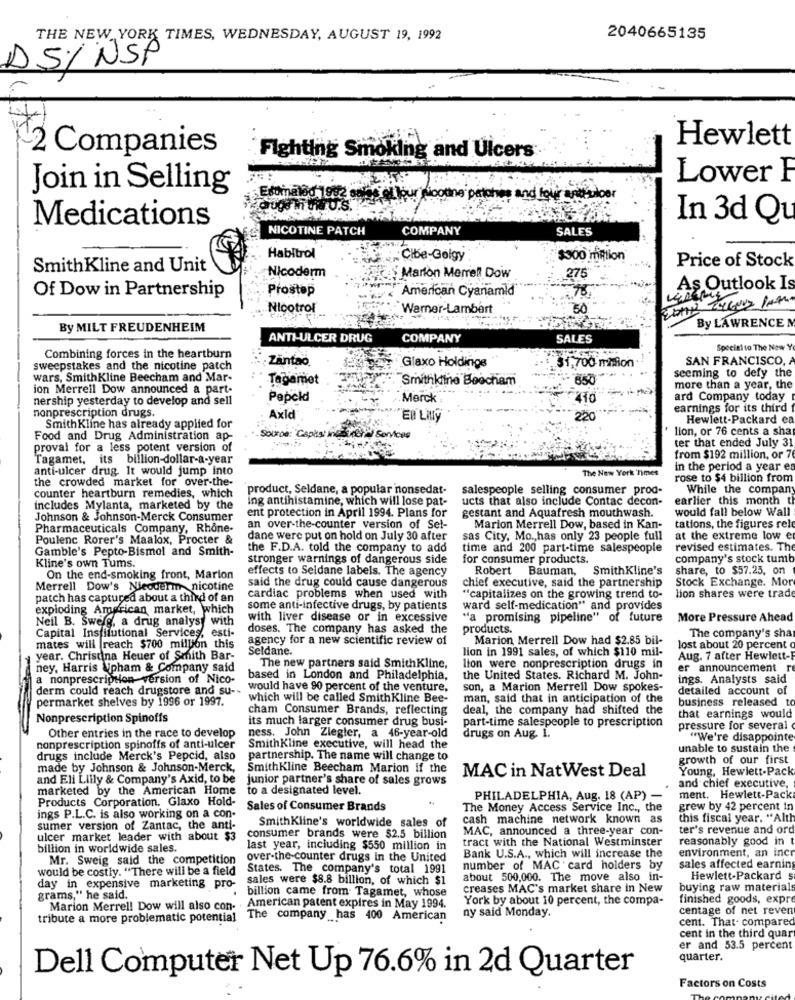
THE NEW YORK TIMES, WEDNESDAY, AUGUST 19, 1992
2040665135
DS/ NSP
Hewlett
2 Companies
Fighting Smoking and Ulcers
Lower F
Join in Selling
Estimated 1982 sale of your soothe patates and hour initiator
augs'in wiru.s.
Medications
In 3d Qu
NICOTINE PATCH
COMPANY
SALES
Habitrol
Cibe-Geigy
$300 million
SmithKline and Unit
Nicoderm
275
Price of Stock
Marion Merrell Dow
Of Dow in Partnership
Prostop
American Cyanamld
As Outlook Is
Nicotrof
Warner-Lambert
By MILT FREUDENHEIM
By LAWRENCE
ANTI-ULCER DRUG
COMPANY
SALES
Special to The New
Combining forces in the heartburn
Zintao
31,700 milion
SAN FRANCISCO,
sweepstakes and the nicotine patch
Glaxo Holdings
wars, SmithKline Beecham and Mar-
Tagamet
Smithkline Beocham
seeming to defy the
ion Merrell Dow announced a part-
more than a year, the
nership yesterday to develop and sell
Papeld
Merck
ard Company today
nonprescription drugs.
earnings for its third
Axld
EB Lilly
Hewlett-Packard ca
SmithKline has already applied for
lion, or 76 cents a sha
Food and Drug Administration ap-
Trera Sorvices
ter that ended July 31
proval for a less potent version of
Tagamet, its billion-dollar-a-year
from $192 million, or 7
anti-ulcer drug. It would jump into
The New York Times
in the period a year es
the crowded market for over-the-
rose to $4 billion from
product, Seldane, a popular nonsedat-
salespeople selling consumer prod-
While the company
counter heartburn remedies, which
ing antihistamine, which will lose pat-
ucts that also include Contac decon-
earlier this month th
includes Mylanta, marketed by the
ent protection in April 1994. Plans for
gestant and Aquafresh mouthwash.
would fall below Wall
Johnson & Johnson-Merck Consumer
Pharmaceuticals Company, Rhone-
an over-the-counter version of Sel-
Marion Merrell Dow, based in Kan-
tations, the figures rele
Poulenc Rorer's Maalox, Procter &
dane were put on hold on July 30 after
sas City, Mo ., has only 23 people full
at the extreme low e
Gamble's Pepto-Bismol and Smith-
the F.D.A. told the company to add
time and 200 part-time salespeople
revised estimates. The
stronger warnings of dangerous side
for consumer products.
company's stock tumb
Kline's own Tums.
effects to Seidane labels. The agency
Robert Bauman, SmithKline's
share, to $57.25, on
On the end-smoking front, Marion
Stock Exchange. Mor
Merrell Dow's Nieoderm nicotine
said the drug could cause dangerous
chief executive, said the partnership
patch has captured about a third of an
cardiac problems when used with
"capitalizes on the growing trend to-
lion shares were trade
exploding American market, which
some anti-infective drugs, by patients
ward self-medication" and provides
Neil B. Sweig, a drug analyst with
with liver disease or in excessive
"a promising pipeline" of future
More Pressure Ahead
doses. The company has asked the
products.
The company's sha
Capital Institutional Services, esti-
agency for a new scientific review of
Marion Merrell Dow had $2.85 bil-
mates will reach $700 million this
Seldane.
lion in 1991 sales, of which $110 mil-
lost about 20 percent
year. Christina Heuer of Smith Bar-
Aug. 7 after Hewlett-
ney, Harris \pham & Company said
The new partners said SmithKline,
lion were nonprescription drugs in
er announcement re
a nonprescription version of Nico-
based in London and Philadelphia,
the United States. Richard M. John-
ings. Analysts said
derm could reach drugstore and su --
would have 90 percent of the venture,
son, a Marion Merrell Dow spokes-
detailed account of
permarket shelves by 1996 or 1997.
which will be called SmithKline Bee-
man, said that in anticipation of the
business released to
cham Consumer Brands, reflecting
deal, the company had shifted the
Nonprescription Spinoffs
its much larger consumer drug busi-
that earnings would
part-time salespeople to prescription
pressure for several
Other entries in the race to develop
ness. John Ziegler, a 46-year-old
drugs on Aug. I.
"We're disappointe
nonprescription spinoffs of anti-ulcer
SmithKline executive, will head the
unable to sustain the
drugs include Merck's Pepcid, also
partnership. The name will change to
growth of our first
made by Johnson & Johnson-Merck,
SmithKline Beecham Marion if the
MAC in Nat West Deal
Young, Hewlett-Pack
and Eli Lilly & Company's Axid, to be
junior partner's share of sales grows
marketed by the American Home
to a designated level.
and chief executive,
Products Corporation. Glaxo Hold-
PHILADELPHIA, Aug. 18 (AP) -
ment. Hewlett-Pack
Sales of Consumer Brands
The Money Access Service Inc ., the
grew by 42 percent in
ings P.L.C. is also working on a con-
cash machine network known as
this fiscal year. "Alth
sumer version of Zantac, the anti-
SmithKline's worldwide sales of
MAC, announced a three-year con-
ter's revenue and ord
ulcer market leader with about $3
consumer brands were $2.5 billion
tract with the National Westminster
reasonably good in t
billion in worldwide sales.
last year, including $550 million in
environment, an inc
Mr. Sweig said the competition
over-the-counter drugs in the United
Bank U.S.A ., which will increase the
would be costly. "There will be a field
States. The company's total 1991
number of MAC card holders by
sales affected earning
sales were $8.8 billion, of which $1
about 500,000. The move also in-
Hewlett-Packard s
day in expensive marketing pro-
. billion came from Tagamet, whose
creases MAC's market share in New
buying raw materials
grams," he said.
Marion Merrel! Dow will also con. American patent expires in May 1994.
York by about 10 percent, the compa-
finished goods, expr
centage of net reven
tribute a more problematic potential The company has 400 American
ny said Monday.
cent. That- compare
cent in the third quar
er and 53.5 percent
quarter.
Dell Computer Net Up 76.6% in 2d Quarter
Factors on Costs